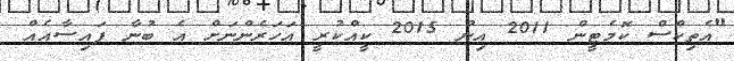
"އެތިކްސް ކޮމެޓީން 2011 އިން 2015 ކީއްކުރީ އަހަރެންނަށް އެ ބުނާ ފައިސާއެއް